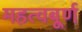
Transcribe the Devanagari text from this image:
महत्वबूर्ण